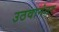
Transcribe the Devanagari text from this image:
उठवानंतर